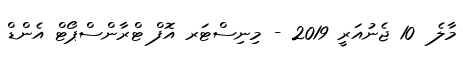
މާލެ  10 ޖެނުއަރީ 2019 - މިނިސްޓަރ އޮފް ޓްރާންސްޕޯޓް އެންޑް